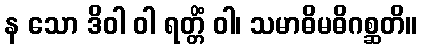
န သော ဒိဝါ ဝါ ရတ္တိံ ဝါ၊ သမာဓိမဓိဂစ္ဆတိ။